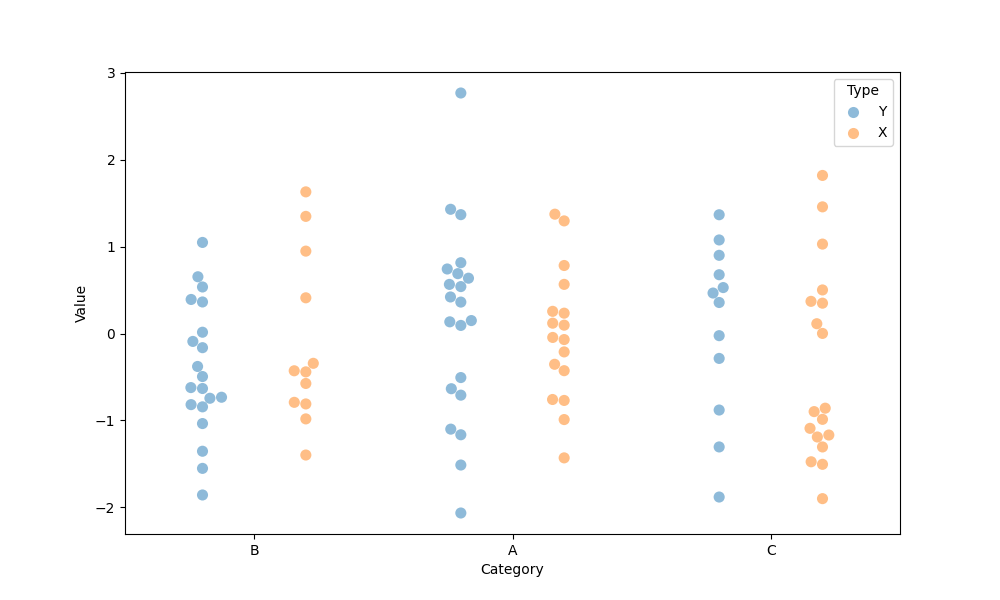
python, seaborn, swarmplot, dodge=True, alpha=0.5, size=8